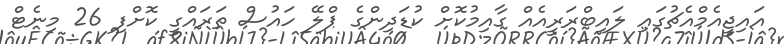
އައިޖީއެމްއެޗުގައި ލައިބްރަރީއެއް ގާއިމުކޮށް ކުޑަދިންގެ ޕްލޭ ހައުސް ތަރައްގީ ކޮށްފި 26 މިނެޓް